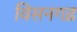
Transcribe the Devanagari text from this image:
विसनगढ़